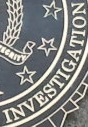
INVESTIGATION